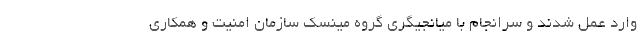
وارد عمل شدند و سرانجام با میانجیگری گروه مینسک سازمان امنیت و همکاری